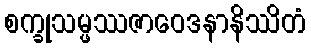
စက္ခုသမ္ဖဿဇာဝေဒနာနိဿိတံ